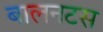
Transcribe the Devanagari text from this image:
बालनटस